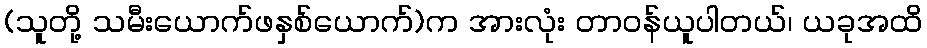
(သူတို့ သမီးယောက်ဖနှစ်ယောက်)က အားလုံး တာဝန်ယူပါတယ်၊ ယခုအထိ